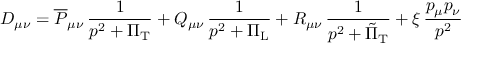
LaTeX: D _ { \mu \nu } = \overline { { { P } } } _ { \mu \nu } \, \frac { 1 } { p ^ { 2 } + \Pi _ { \mathrm { T } } } + Q _ { \mu \nu } \, \frac { 1 } { p ^ { 2 } + \Pi _ { \mathrm { L } } } + R _ { \mu \nu } \, \frac { 1 } { p ^ { 2 } + \tilde { \Pi } _ { \mathrm { T } } } + \xi \, \frac { p _ { \mu } p _ { \nu } } { p ^ { 2 } }